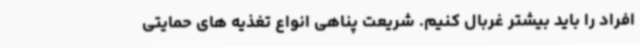
افراد را باید بیشتر غربال کنیم. شریعت پناهی انواع تغذیه های حمایتی